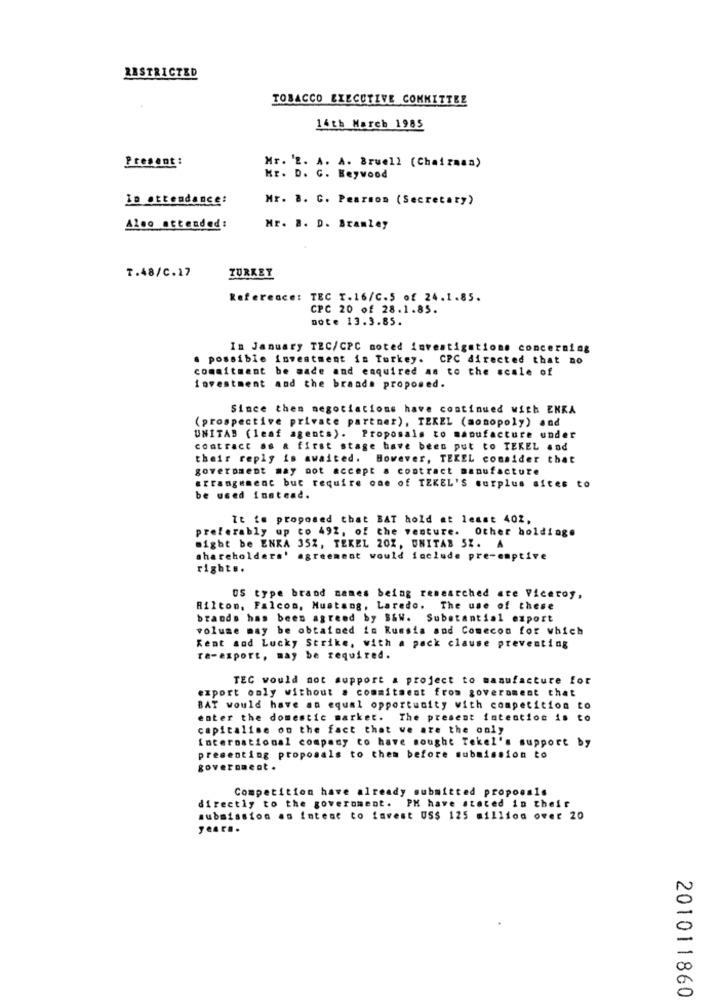
RESTRICTED
TOBACCO EXECUTIVE COMMITTEE
14th March 1985
Present :
Mr. 'E. A. A. Bruell (Chairman)
Kr. D. G. Beywood
In attendance:
Mr. 8. C. Pearson (Secretary)
Also attended:
Mr. B. D. Bramley
T.48/C.17
TURKEY
Reference: TEC T.16/C.5 of 24.1.85.
CPC 20 of 28.1.85.
Dote 13.3.85.
In January TEC/CPC noted investigations concerning
. possible investment in Turkey. CPC directed that no
commitment be made and enquired as to the scale of
investment and the brand. proposed.
Since then negotiations have continued with ENKA
(prospective private partner), TEKEL (monopoly) and
UNITAB (leaf agents). Proposals to manufacture under
contract as a first stage have been put to TEKEL .od
their reply is awaited. However, TEKEL consider that
government may not accept a contract manufacture
arrangement but require one of TEKEL'S surplus sites to
be used instead.
It ie proposed that BAT hold at least 402.
preferably up to 492, of the venture. Other holdinge
might be ENKA 35%, TEKEL 20Z, UNITAB SZ. A
shareholders' agreement would include pre-emptive
right ..
US type brand names being researched are Viceroy,
Hilton, Falcon, Mustang, Laredo. The use of these
brands has been agreed by S&W. Substantial export
volume may be obtained in Russia and Comecon for which
Kent aod Lucky Strike, with a pack clause preventing
re-export, may be required.
TEC would not support a project to manufacture for
export only without a commitment from government that
BAT would have an equal opportunity with competition to
enter the domestic market. The present intention is to
capitalise on the fact that we are the only
International company to have sought Tekel's support by
presenting proposals to them before submission to
government.
Competition have already submitted propoomIs
directly to the government. PM have stated in their
submission as intese to invest US$ 125 million over 20
201011860